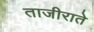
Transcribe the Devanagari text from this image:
ताजीराते